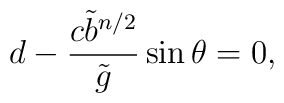
d - \frac{c{\tilde b}^{n/2}}{\tilde g} \sin\theta =0,